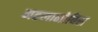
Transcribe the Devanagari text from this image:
महलानोबिस